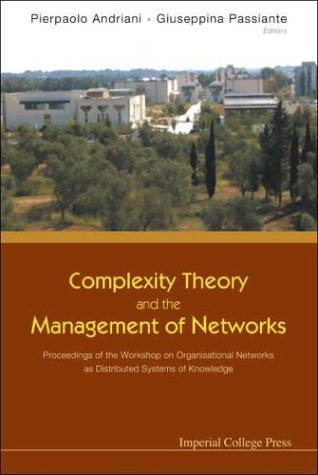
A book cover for Complexity Theory And The Management Of Networks: Proceedings Of The Workshop On Organisational Networks as Distributed Systems of Knowledge University of Lecce, Italy, 2001; Pierpaolo Andriani; Business & Money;